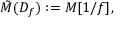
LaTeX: { \tilde { M } } ( D _ { f } ) : = M [ 1 / f ] ,